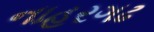
નાહરગઢ